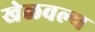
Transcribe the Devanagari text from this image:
खेळवल्य